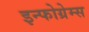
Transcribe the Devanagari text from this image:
इन्फोग्रेम्स